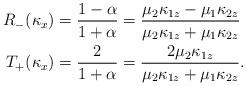
LaTeX: \begin{align*} R_-(\kappa_x) &= \frac{1-\alpha}{1+\alpha} = \frac{\mu_2 \kappa_{1z} - \mu_1 \kappa_{2z}}{\mu_2 \kappa_{1z} + \mu_1 \kappa_{2z}} \\ T_+(\kappa_x) &= \frac{2}{1+\alpha} = \frac{2 \mu_2 \kappa_{1z}}{\mu_2 \kappa_{1z} + \mu_1 \kappa_{2z}}.\end{align*}